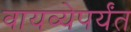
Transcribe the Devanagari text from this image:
वायव्येपर्यंत